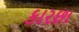
કારછા